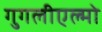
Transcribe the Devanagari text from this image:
गुगलीएल्मो